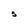
Character: S